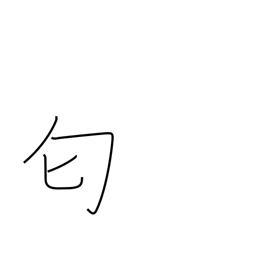
Meaning: stink